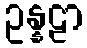
ဥန္နဠာ